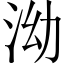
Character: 泑